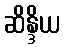
ဆိန္ဒိယ